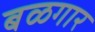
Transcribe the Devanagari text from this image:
बळगार